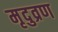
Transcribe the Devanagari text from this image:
मृदुव्रण